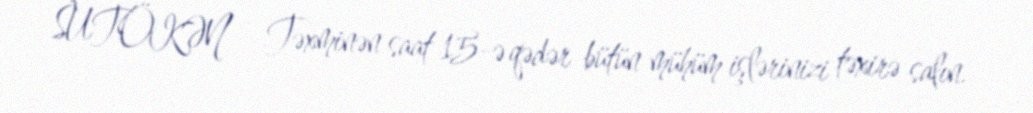
SUTÖKƏN - Təxminən saat 15-ə qədər bütün mühüm işlərinizi təxirə salın.